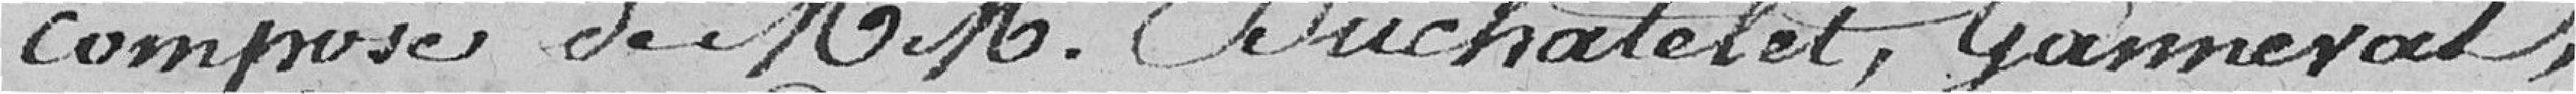
composé de Messieurs Duchatelot, Gamevat,